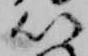
以